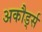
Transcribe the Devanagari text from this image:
अकौर्ड्स